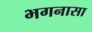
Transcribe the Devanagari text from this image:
भगनासा